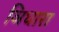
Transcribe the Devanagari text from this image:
ञिधारा